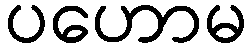
ပဟောမ